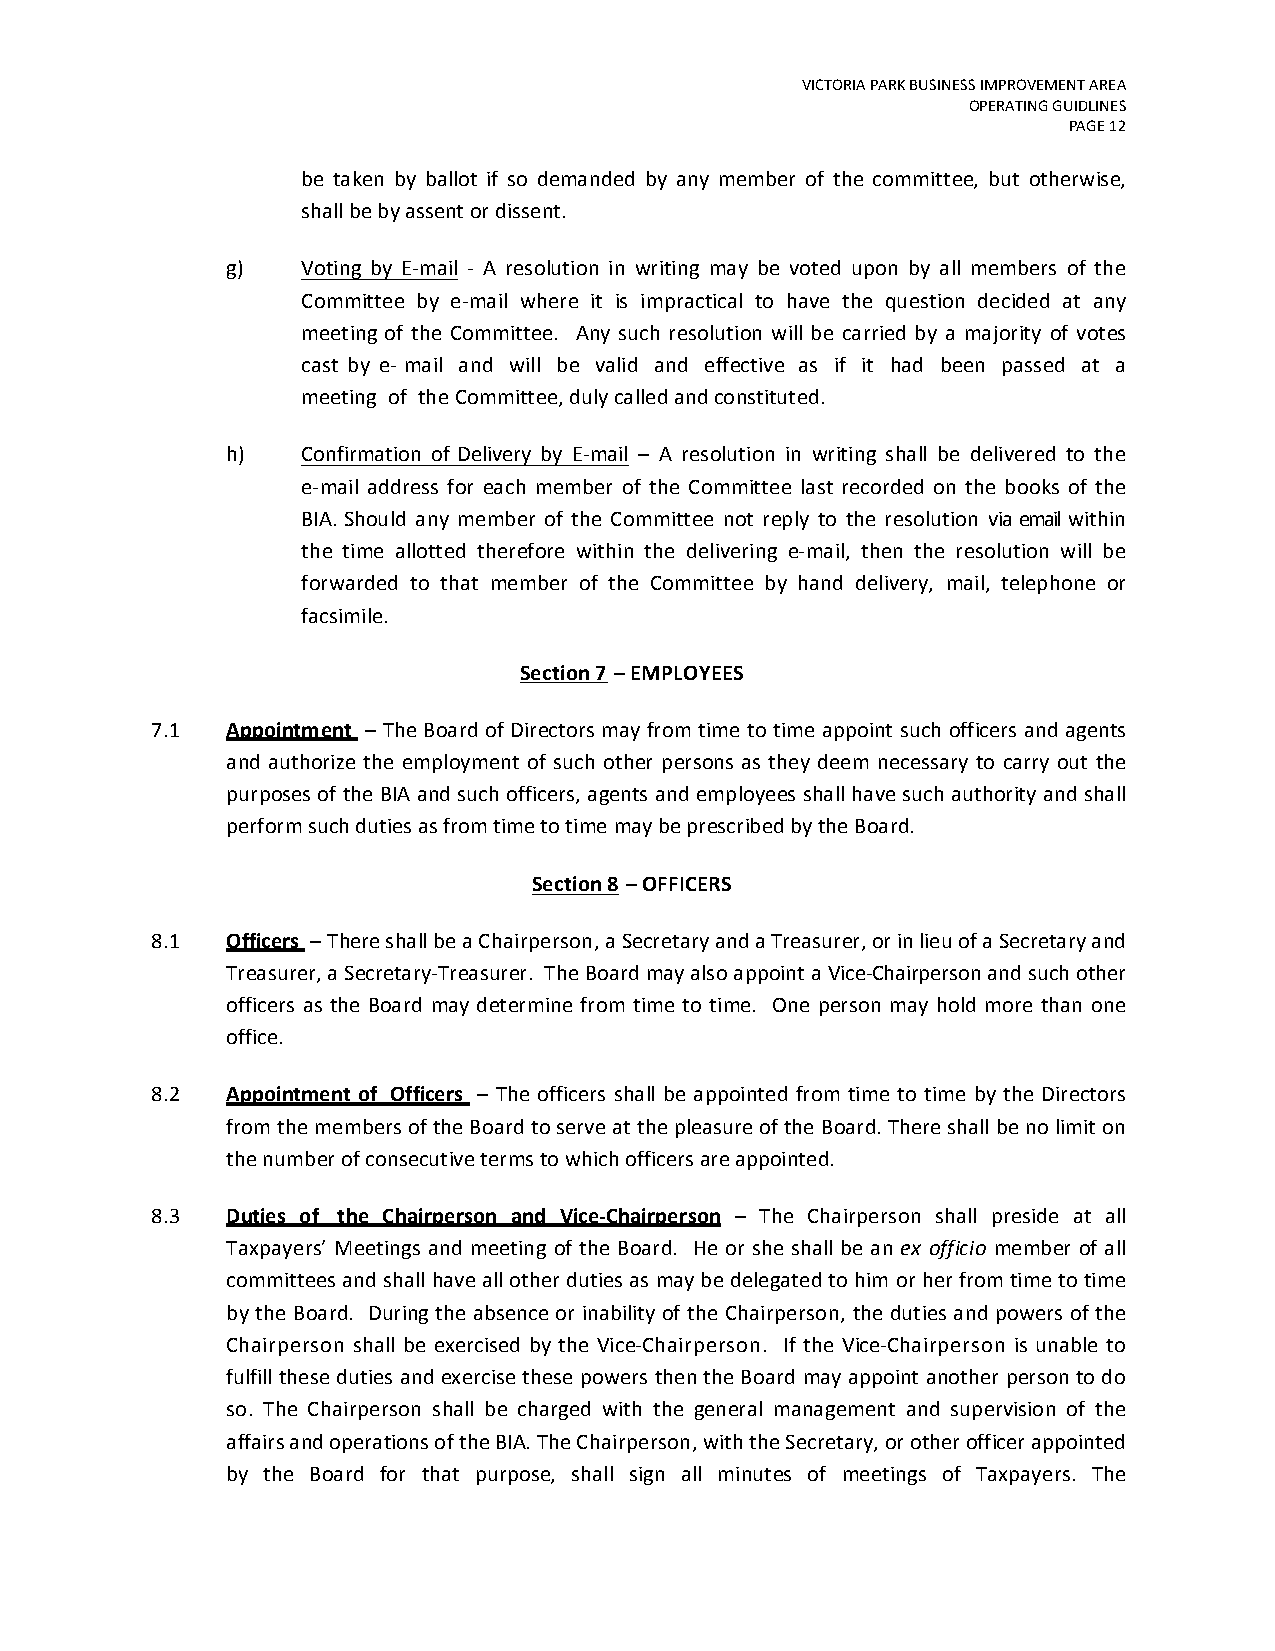
VICTORIA PARK BUSINESS IMPROVEMENT AREA
 OPERATING GUIDLINES
 PAGE 12
 be taken by ballot if so demanded by any member of the committee, but otherwise,
 shall be by assent or dissent.
 g)   Voting by E-mail - A resolution in writing may be voted upon by all members of the
 Committee by e-mail where it is impractical to have the question decided at any
 meeting of the Committee. Any such resolution will be carried by a majority of votes
 cast by e- mail and will be valid and effective as if it had been passed at a
 meeting of the Committee, duly called and constituted.
 h)   Confirmation of Delivery by E-mail – A resolution in writing shall be delivered to the
 e-mail address for each member of the Committee last recorded on the books of the
 BIA. Should any member of the Committee not reply to the resolution via email within
 the time allotted therefore within the delivering e-mail, then the resolution will be
 forwarded to that member of the Committee by hand delivery, mail, telephone or
 facsimile.
 Section 7 – EMPLOYEES
 7.1  Appointment – The Board of Directors may from time to time appoint such officers and agents
 and authorize the employment of such other persons as they deem necessary to carry out the
 purposes of the BIA and such officers, agents and employees shall have such authority and shall
 perform such duties as from time to time may be prescribed by the Board.
 Section 8 – OFFICERS
 8.1  Officers – There shall be a Chairperson, a Secretary and a Treasurer, or in lieu of a Secretary and
 Treasurer, a Secretary-Treasurer. The Board may also appoint a Vice-Chairperson and such other
 officers as the Board may determine from time to time. One person may hold more than one
 office.
 8.2  Appointment of Officers – The officers shall be appointed from time to time by the Directors
 from the members of the Board to serve at the pleasure of the Board. There shall be no limit on
 the number of consecutive terms to which officers are appointed.
 8.3  Duties of the Chairperson and Vice-Chairperson – The Chairperson shall preside at all
 Taxpayers’ Meetings and meeting of the Board. He or she shall be an ex officio member of all
 committees and shall have all other duties as may be delegated to him or her from time to time
 by the Board. During the absence or inability of the Chairperson, the duties and powers of the
 Chairperson shall be exercised by the Vice-Chairperson. If the Vice-Chairperson is unable to
 fulfill these duties and exercise these powers then the Board may appoint another person to do
 so. The Chairperson shall be charged with the general management and supervision of the
 affairs and operations of the BIA. The Chairperson, with the Secretary, or other officer appointed
 by the Board for that purpose, shall sign all minutes of meetings of Taxpayers. The